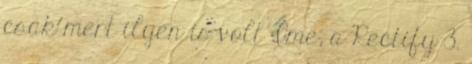
csak mert ilyen is volt Íme, a Rectify 3.